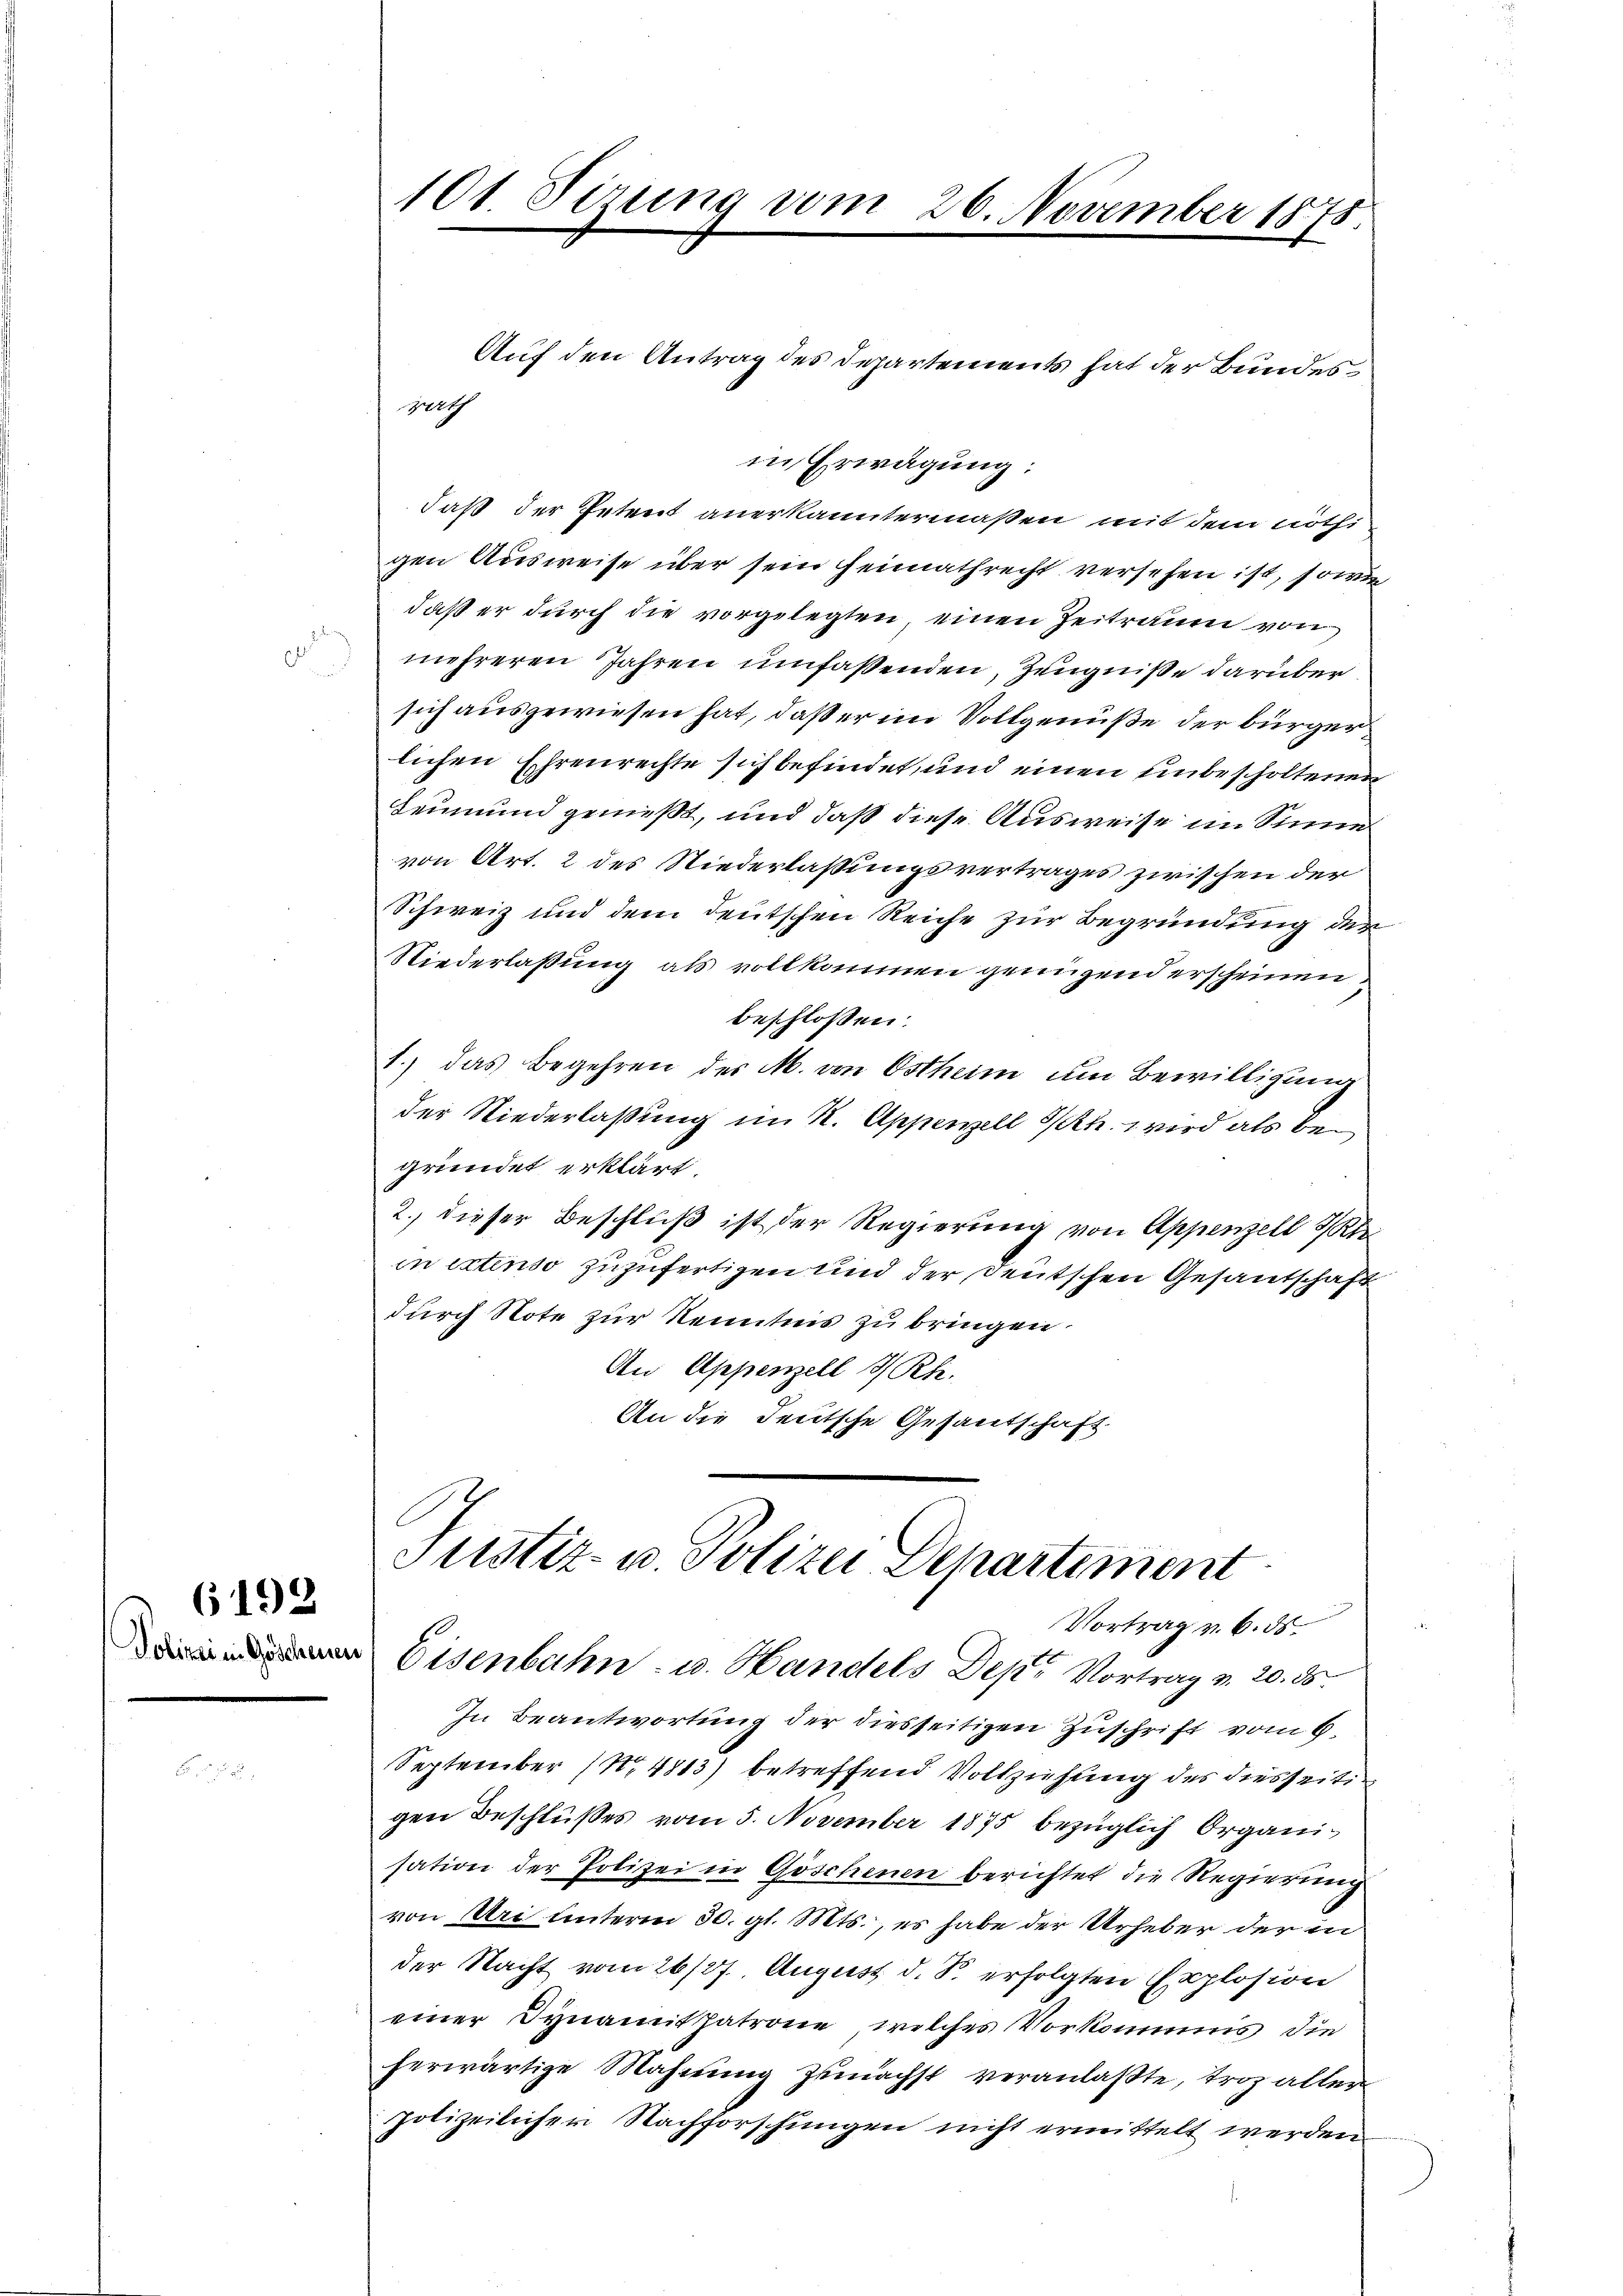
e

(192

s

101. Sizung vom 26. November 1875.

gart

Auf den Antrag des Departements hat der Bundesin Erwägung:
daß der Petent anerkanntermaßen mit dem nöthigen Ausweise über sein Heimathrecht versehen ist, sowie
daß er durch die vorgelegten, einen Zeitraum von
mehreren Jahren umfassenden Zeugniße darüber
sich ausgewiesen hat, daß er im Vollgenuße der bürger
lichen Ehrenrechte sich befindet, und einen unbescholtenen
Leumund genießt, und daß diese Ausweise im Sinne
von Art. 2 des Niederlaßungsvertrages zwischen der
Schweiz und dem deutschen Reiche zur Begründung der
Niederlaßung als vollkommen genügend erscheinen
beschlossen:
1.) das Begehren des M. von Ostheim um Bewilligung
der Niederlaßung im K. Appenzell I/Rh. wird als begründet erklärt.
2., dieser Beschluß ist der Regierung von Appenzell Klei
in extenso zuzufertigen und der Deutschen Gesandschaft
durch Note zur Kenntnis zu bringen.
An Appenzell I/Rh.
An die deutsche Gesandschaft

Justiz- u. Polizei Departement
Vortrag v. 6. ds.
 Eisenbahn- u. Handels Dep. Vortrag v. 20. ds.

In Beantwortung der diesseitigen Zuschrift vom 6.
September (N.4813) betreffend Vollziehung des diesseitgen Beschlußes vom 5. November 1875 bezüglich Organisation der Polizei in Göschenen berichtet die Regierung
von Uri unterm 30. gl. Mts., es habe der Urheber der in
der Nacht vom 26/27. August d. S. erfolgten Explosion
einer Dynamit patrone, welches Vorkomms die
herwärtige Mahnŭng zunächst veranlaßte, troz aller
polizeilicher Nachforschungen nicht ermittelt werden.